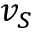
v _ { S }